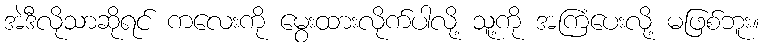
အဲဒီလိုသာဆိုရင် ကလေးကို မွေးထားလိုက်ပါလို့ သူ့ကို အကြံပေးလို့ မဖြစ်ဘူး။